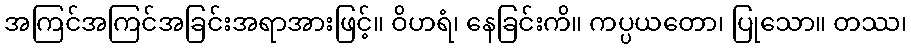
အကြင်အကြင်အခြင်းအရာအားဖြင့်။ ဝိဟရံ၊ နေခြင်းကိ။ ကပ္ပယတော၊ ပြုသော။ တဿ၊